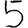
Digit: 5